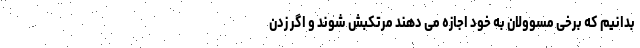
بدانیم که برخی مسوولان به خود اجازه می دهند مرتکبش شوند و اگر زدن